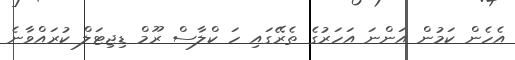
އެހެން ކަމުން އަންނަ އަހަރުގެ ތެރޭގައި ހަ ކްލާސް ރޫމް ޑިޖިޓަލް ކުރައްވާނެ